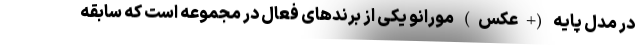
در مدل پایه (+عکس) مورانو یکی از برندهای فعال در مجموعه است که سابقه